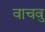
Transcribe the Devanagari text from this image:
वाचवु